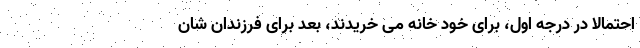
احتمالا در درجه اول، برای خود خانه می خریدند، بعد برای فرزندان شان